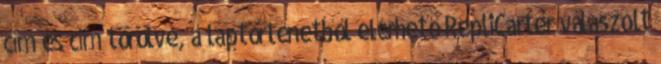
cím és cím törölve, a laptörténetből elérhető RepliCarter válaszolt